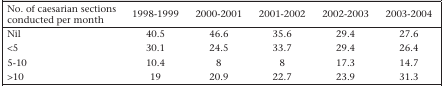
| No. of caesarian sections conducted per month | 1998-1999 | 2000-2001 | 2001-2002 | 2002-2003 | 2003-2004 |
 | --- | --- | --- | --- | --- | --- |
 | Nil | 40.5 | 46.6 | 35.6 | 29.4 | 27.6 |
 | <5 | 30.1 | 24.5 | 33.7 | 29.4 | 26.4 |
 | 5-10 | 10.4 | 8 | 8 | 17.3 | 14.7 |
 | >10 | 19 | 20.9 | 22.7 | 23.9 | 31.3 |